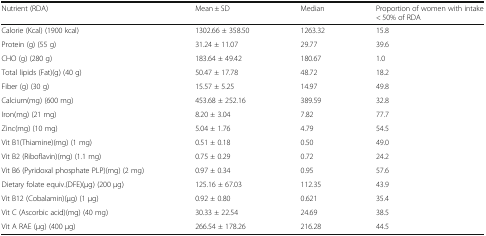
| Nutrient (RDA) | Mean ± SD | Median | Proportion of women with intake < 50% of RDA |
 | --- | --- | --- | --- |
 | Calorie (Kcal) (1900 kcal) | 1302.66 ± 358.50 | 1263.32 | 15.8 |
 | Protein (g) (55 g) | 31.24 ± 11.07 | 29.77 | 39.6 |
 | CHO (g) (280 g) | 183.64 ± 49.42 | 180.67 | 1.0 |
 | Total lipids (Fat)(g) (40 g) | 50.47 ± 17.78 | 48.72 | 18.2 |
 | Fiber (g) (30 g) | 15.57 ± 5.25 | 14.97 | 49.8 |
 | Calcium(mg) (600 mg) | 453.68 ± 252.16 | 389.59 | 32.8 |
 | Iron(mg) (21 mg) | 8.20 ± 3.04 | 7.82 | 77.7 |
 | Zinc(mg) (10 mg) | 5.04 ± 1.76 | 4.79 | 54.5 |
 | Vit B1(Thiamine)(mg) (1 mg) | 0.51 ± 0.18 | 0.50 | 49.0 |
 | Vit B2 (Riboflavin)(mg) (1.1 mg) | 0.75 ± 0.29 | 0.72 | 24.2 |
 | Vit B6 (Pyridoxal phosphate PLP)(mg) (2 mg) | 0.97 ± 0.34 | 0.95 | 57.6 |
 | Dietary folate equiv.(DFE)(μg) (200 μg) | 125.16 ± 67.03 | 112.35 | 43.9 |
 | Vit B12 (Cobalamin)(μg) (1 μg) | 0.92 ± 0.80 | 0.621 | 35.4 |
 | Vit C (Ascorbic acid)(mg) (40 mg) | 30.33 ± 22.54 | 24.69 | 38.5 |
 | Vit A RAE (μg) (400 μg) | 266.54 ± 178.26 | 216.28 | 44.5 |